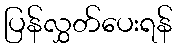
ပြန်လွှတ်ပေးရန်